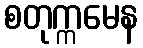
စတုက္ကမေန